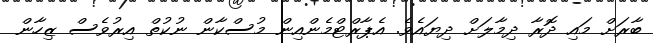
ބާރަށް މައި ދޮރާ ދިމާލަށް ދިޔައެވެ. އެޕާރްޓްމެންއިން މުސްކާން ނުކުތް އިރުވެސް ޒިހާން